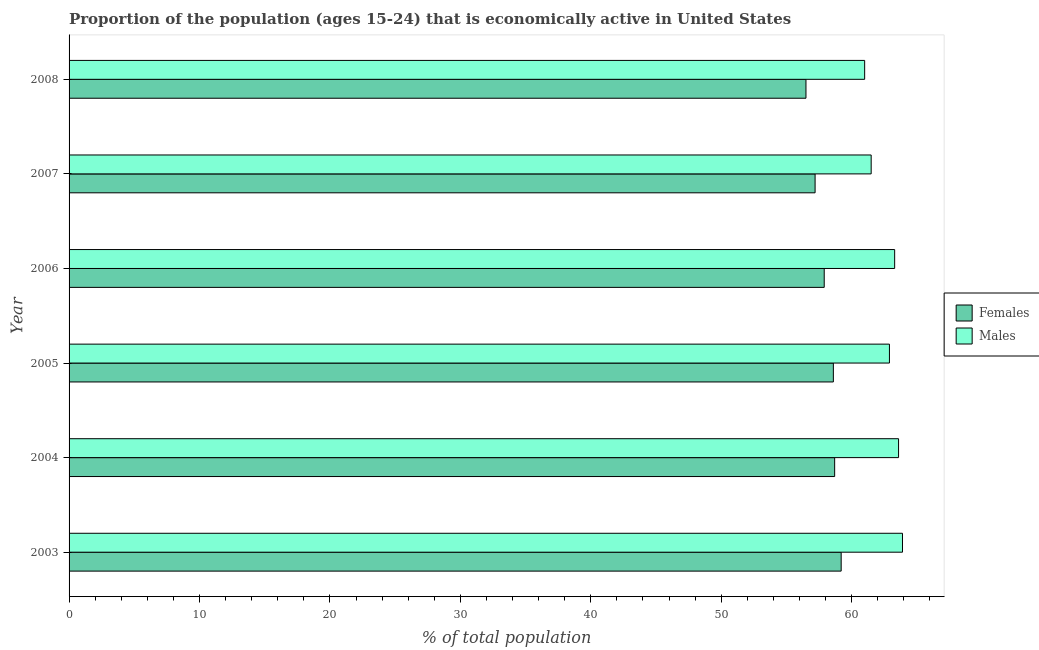
| Year | Females | Males |
 | --- | --- | --- |
 | 2003 | 59.2 | 63.9 |
 | 2004 | 58.7 | 63.6 |
 | 2005 | 58.6 | 62.9 |
 | 2006 | 57.9 | 63.3 |
 | 2007 | 57.2 | 61.5 |
 | 2008 | 56.5 | 61 |